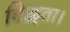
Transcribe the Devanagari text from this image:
विद्वता।